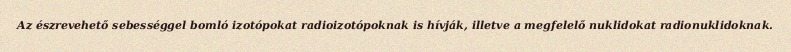
Az észrevehető sebességgel bomló izotópokat radioizotópoknak is hívják, illetve a megfelelő nuklidokat radionuklidoknak.